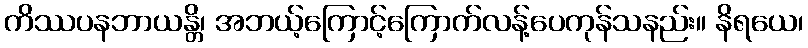
ကိဿပနဘာယန္တိ၊ အဘယ့်ကြောင့်ကြောက်လန့်ပေကုန်သနည်း။ နိရယေ၊